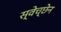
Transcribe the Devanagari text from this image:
स्वेच्छेन